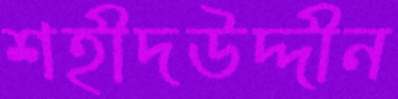
শহীদউদ্দীন